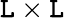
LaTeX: \mathtt{L}\times\mathtt{L}